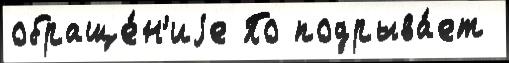
обраще́н'иjе По подрыва́ет